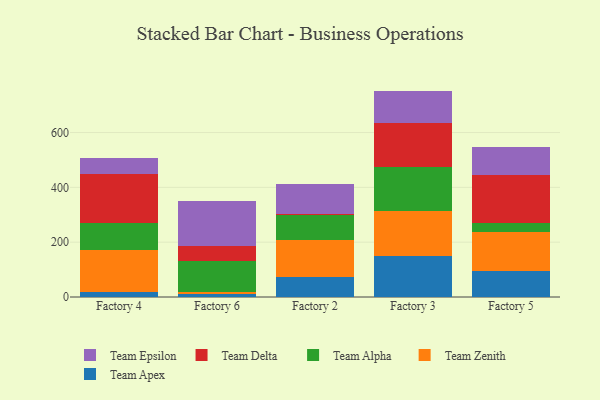
{"axis": {"x": "Factory", "y": "Demand Index"}, "legend": ["Team Alpha", "Team Apex", "Team Delta", "Team Epsilon", "Team Zenith"], "data": [{"x": "Factory 4", "y": 16.9, "type": "Team Apex"}, {"x": "Factory 4", "y": 155.1, "type": "Team Zenith"}, {"x": "Factory 4", "y": 99.8, "type": "Team Alpha"}, {"x": "Factory 4", "y": 175.9, "type": "Team Delta"}, {"x": "Factory 4", "y": 59.6, "type": "Team Epsilon"}, {"x": "Factory 6", "y": 10.2, "type": "Team Apex"}, {"x": "Factory 6", "y": 8.5, "type": "Team Zenith"}, {"x": "Factory 6", "y": 111.4, "type": "Team Alpha"}, {"x": "Factory 6", "y": 57.1, "type": "Team Delta"}, {"x": "Factory 6", "y": 161.8, "type": "Team Epsilon"}, {"x": "Factory 2", "y": 73.9, "type": "Team Apex"}, {"x": "Factory 2", "y": 134.0, "type": "Team Zenith"}, {"x": "Factory 2", "y": 90.1, "type": "Team Alpha"}, {"x": "Factory 2", "y": 6.5, "type": "Team Delta"}, {"x": "Factory 2", "y": 106.5, "type": "Team Epsilon"}, {"x": "Factory 3", "y": 148.3, "type": "Team Apex"}, {"x": "Factory 3", "y": 165.1, "type": "Team Zenith"}, {"x": "Factory 3", "y": 159.5, "type": "Team Alpha"}, {"x": "Factory 3", "y": 163.7, "type": "Team Delta"}, {"x": "Factory 3", "y": 115.5, "type": "Team Epsilon"}, {"x": "Factory 5", "y": 95.8, "type": "Team Apex"}, {"x": "Factory 5", "y": 142.2, "type": "Team Zenith"}, {"x": "Factory 5", "y": 32.1, "type": "Team Alpha"}, {"x": "Factory 5", "y": 175.5, "type": "Team Delta"}, {"x": "Factory 5", "y": 101.0, "type": "Team Epsilon"}]}